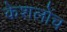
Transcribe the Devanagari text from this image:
केशलोंच